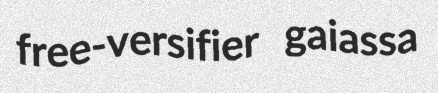
free-versifier gaiassa